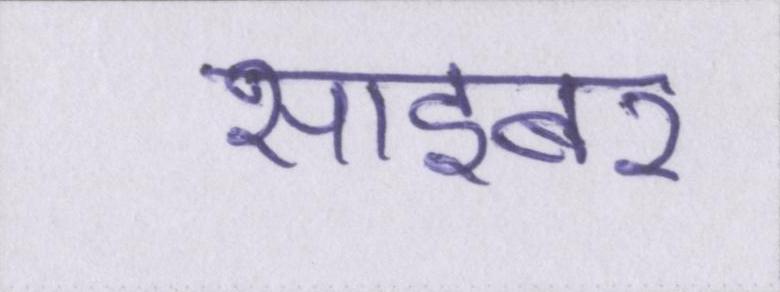
साइबर